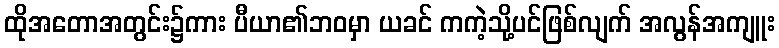
ထိုအတောအတွင်း၌ကား ပီယာ၏ဘဝမှာ ယခင် ကကဲ့သို့ပင်ဖြစ်လျက် အလွန်အကျူး